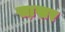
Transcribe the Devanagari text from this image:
सा़खर